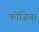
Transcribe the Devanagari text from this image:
कोजिबा